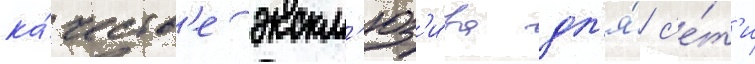
ка́честв'е экскл'юз'и́ва дл'я́ с'е́т'и